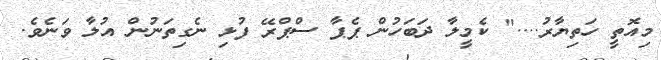
މިއޮތީ ހަތިޔާރު...." ކެމީލާ ދަބަހުން ޕެޕާ ސްޕްރޭ ފުޅި ނެގިތަނުން އުލާ ވަނެވެ.